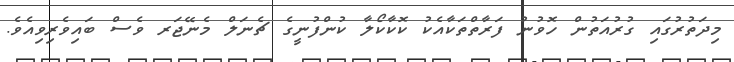
މިދަތުރުގައި ގުރުއަތުން ހޮވުނު ފަރާތްތަކާއެކު ކޮކާކޯލާ ކުންފުނީގެ ޗެނަލް މެނޭޖަރ ވެސް ބައިވެރިވިއެވެ.